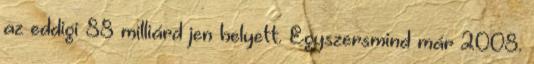
az eddigi 88 milliárd jen helyett. Egyszersmind már 2008.